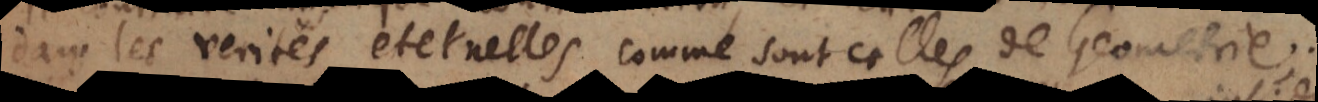
dans les verités éternelles comme sont celles de Geometrie;